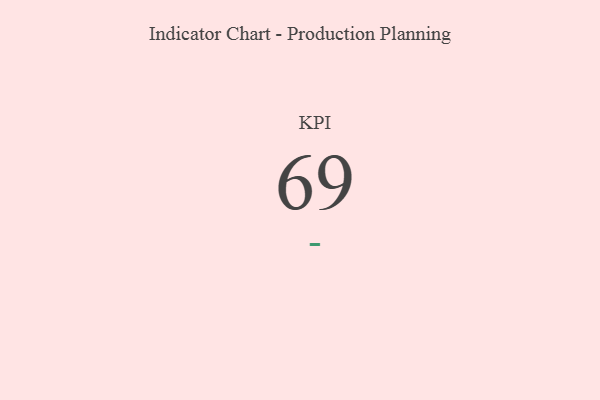
{"axis": {"x": "KPI", "y": "Value"}, "legend": [""], "data": [{"x": "KPI", "y": 69, "type": ""}]}